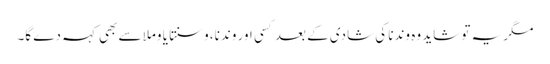
مگر یہ تو شاید وہ وندنا کی شادی کے بعد کسی اور وندنا، وسنتا یا وملا سے بھی کہہ دے گا۔